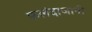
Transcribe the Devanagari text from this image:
फलंदाजानी